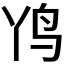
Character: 𲍫